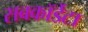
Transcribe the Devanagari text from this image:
सबकॉर्डेटा